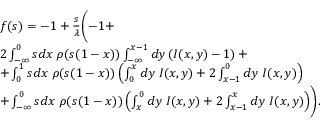
\begin{array} { r l } & { f ( s ) = - 1 + \frac { s } { \lambda } \Biggl ( - 1 + } \\ & { 2 \int _ { - \infty } ^ { 0 } s d x \; \rho ( s ( 1 - x ) ) \int _ { - \infty } ^ { x - 1 } d y \left( I ( x , y ) - 1 \right) + } \\ & { + \int _ { 0 } ^ { 1 } s d x \; \rho ( s ( 1 - x ) ) \left( \int _ { 0 } ^ { x } d y \; I ( x , y ) + 2 \int _ { x - 1 } ^ { 0 } d y \; I ( x , y ) \right) } \\ & { + \int _ { - \infty } ^ { 0 } s d x \; \rho ( s ( 1 - x ) ) \left( \int _ { x } ^ { 0 } d y \; I ( x , y ) + 2 \int _ { x - 1 } ^ { x } d y \; I ( x , y ) \right) \Biggr ) . } \end{array}